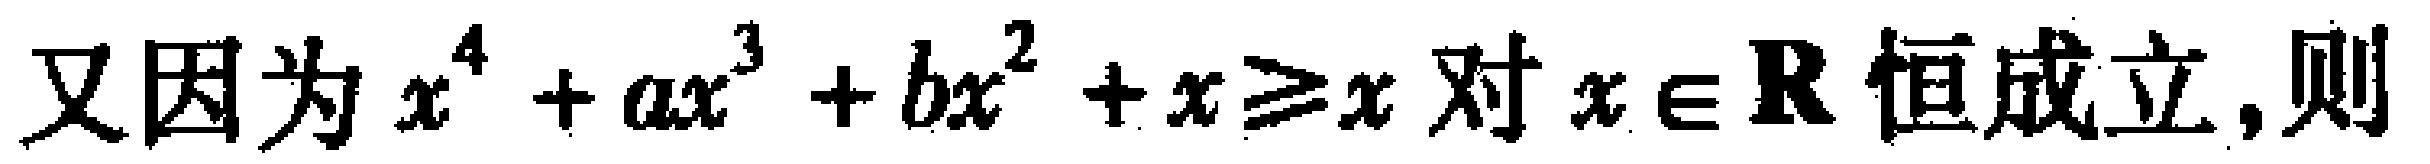
又因为$x^{4}+ax^{3}+bx^{2}+x\geq x$对$x\in \mathbf{R}$恒成立，则